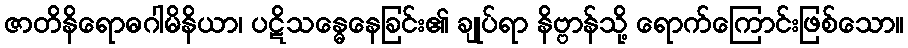
ဇာတိနိရောဓဂါမိနိယာ၊ ပဋိသန္ဓေနေခြင်း၏ ချုပ်ရာ နိဗ္ဗာန်သို့ ရောက်ကြောင်းဖြစ်သော။